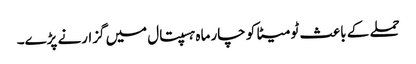
حملے کے باعث ٹومیٹا کو چار ماہ ہسپتال میں گزارنے پڑے۔